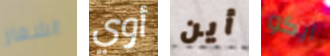
الشعار أوي أين ايكو